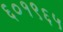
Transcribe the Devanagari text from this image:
६०१९६५